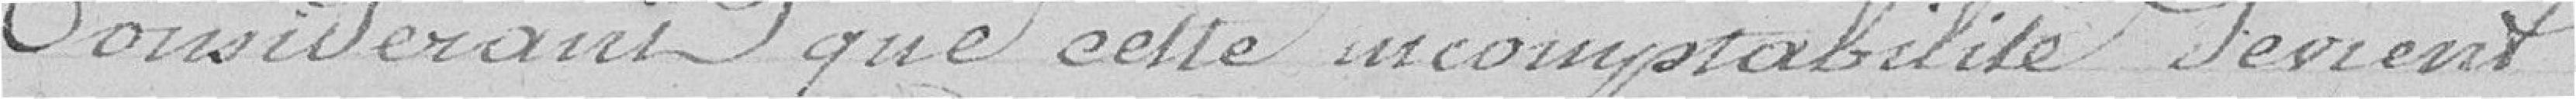
Considérant que cette incompatibilité devient